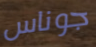
جوناس